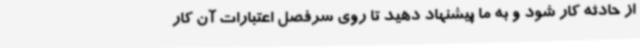
از حادثه کار شود و به ما پیشنهاد دهید تا روی سرفصل اعتبارات آن کار